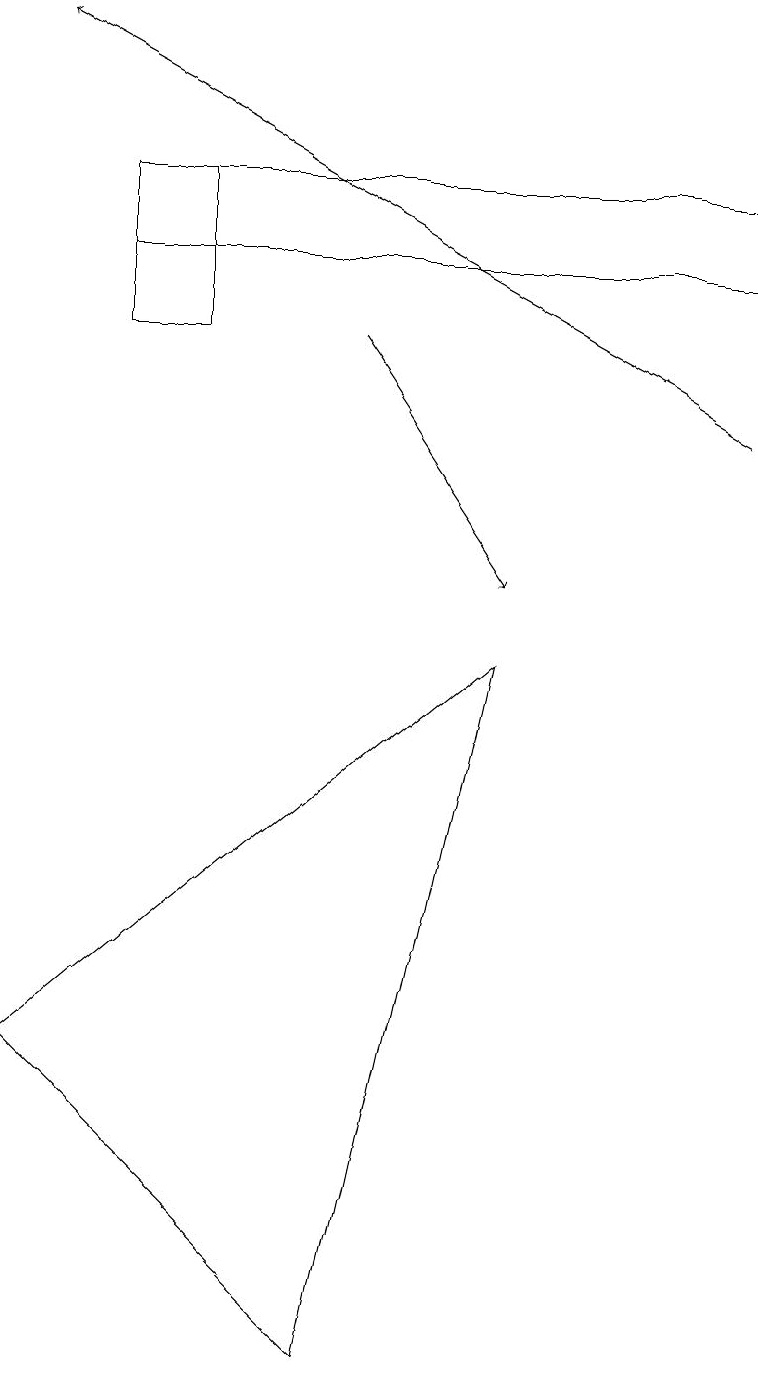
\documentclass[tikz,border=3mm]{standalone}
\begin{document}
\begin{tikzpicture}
\draw (9,15) rectangle (1,14);
\draw[->] (4,13) -- (6,10);
\draw (1,13) rectangle (2,15);
\draw[->] (9,12) -- (0,17);
\draw (0,4) -- (4,0) -- (6,9) -- cycle;
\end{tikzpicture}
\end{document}